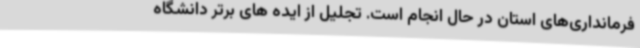
فرمانداری‌های استان در حال انجام است. تجلیل از ایده های برتر دانشگاه